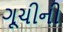
ગૂચીની